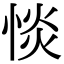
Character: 惔